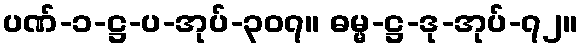
ပဏ်-၁-ဋ္ဌ-ပ-အုပ်-၃၀၇။ ဓမ္မ-ဋ္ဌ-ဒု-အုပ်-၇၂။